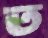
ত